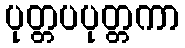
ပုတ္တပပုတ္တကာ